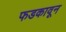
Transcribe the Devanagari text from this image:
फडकावून